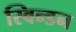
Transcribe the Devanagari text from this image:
स्विन्डन